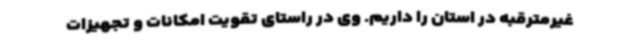
غیرمترقبه در استان را داریم. وی در راستای تقویت امکانات و تجهیزات